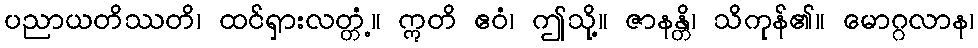
ပညာယတိဿတိ၊ ထင်ရှားလတ္တံ့။ ဣတိ ဧဝံ၊ ဤသို့။ ဇာနန္တိ၊ သိကုန်၏။ မောဂ္ဂလာန၊